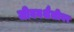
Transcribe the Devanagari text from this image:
जीवनशैलीवर